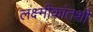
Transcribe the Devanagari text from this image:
लक्ष्मीकांतशी